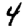
Digit: 4